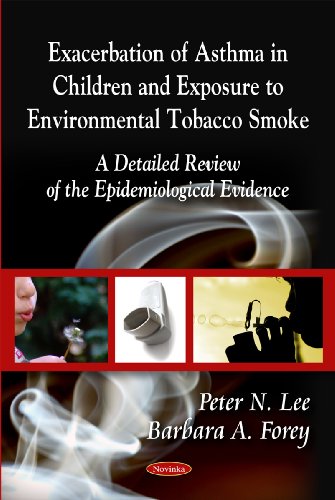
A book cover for Exacerbation of Asthma in Children and Exposure to Environmental Tobacco Smoke: A Detailed Review of the Epidemiological Evidence; Peter N. Lee; Health, Fitness & Dieting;